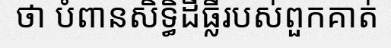
ថា បំពានសិទ្ធិដីធ្លីរបស់ពួកគាត់